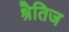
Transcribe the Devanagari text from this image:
श्रैतिज